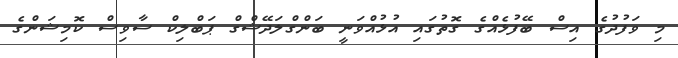
މި ވަފުދުގެ އިސް ބޭފުޅެއްގެ ގޮތުގައި އުޅުއްވަނީ ބަންގްލަދޭޝްގް ޕަބްލިކް ސާވިސް ކޮމިޝަންގެ